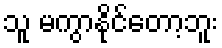
သူ မကွာနိုင်တော့ဘူး